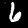
Digit: 6